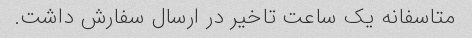
متاسفانه یک ساعت تاخیر در ارسال سفارش داشت.